Vaccination in Bombay 1913-1923 - 1913-1923
Year: 1913
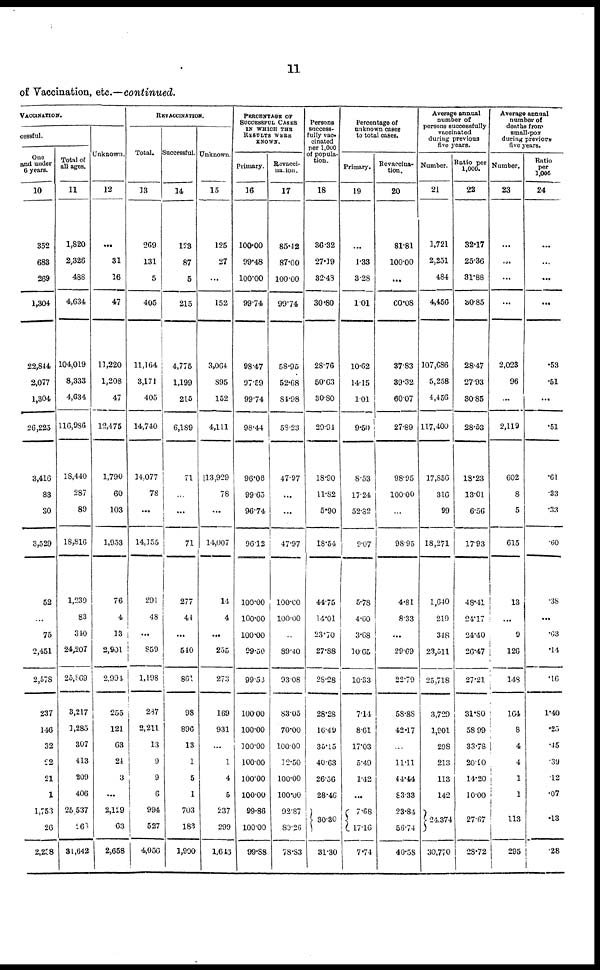
11
of Vaccination, etc.—continued.
VACCINATION.
cessful.
One
and under
6 years.
10
352
683
269
1,304
22,844
2,077
1,304
26,225
3,416
83
30
3,529
52
...
75
2,451
2,578
237
146
32
22
21
1
1,753
26
2,238
Total of
all ages.
11
1,820
2,326
488
4,634
104,019
8,333
4,634
116,986
18,440
287
89
18,816
1,239
83
340
24,207
25,869
3,217
1,285
307
413
209
406
25,537
268
34,642
Unknown.
12
...
31
16
47
11,220
1,208
47
12,475
1,790
60
103
1,953
76
4
13
2,901
2,994
255
121
63
24
3
...
2,129
63
2,658
REVACCINATION.
Total.
13
269
131
5
405
11,164
3,171
405
14,740
14,077
78
...
14,155
291
48
...
859
1,198
237
2,211
13
9
9
6
994
527
4,056
Successful.
14
123
87
5
215
4,775
1,199
215
6,189
71
...
...
71
277
44
...
540
861
98
896
13
1
5
1
703
183
1,990
Unknown.
15
125
27
...
152
3,064
895
152
4,111
13,929
78
...
14,007
14
4
...
255
273
169
931
...
1
4
5
237
299
1,646
PERCENTAGE OF
SUCCESSFUL CASES
IN WHICH THE
RESULTS WERE
KNOWN.
Primary.
16
100.00
99.48
100.00
99.74
98.47
97.59
99.74
98.44
96.06
99.65
96.74
96.12
100.00
100.00
100.00
99.50
99.53
100.00
100.00
100.00
100.00
100.00
100.00
99.86
100.00
99.88
Revacci¬
nation.
17
85.42
87.00
100.00
99.74
58.95
52.68
84.98
58.23
47.97
...
...
47.97
100.00
100.00
...
89.40
93.08
83.05
70.00
100.00
12.50
100.00
100.00
92.87
80.26
78.83
Persons
success-
fully vac-
cinated
per 1,000
of popula-
tion.
18
36.32
27.19
32.43
30.80
28.76
50.63
30.80
29.94
18.90
11.82
5.90
18.54
44.75
14.01
23.70
27.88
28.28
28.28
16.49
35.15
40.63
26.56
28.46
30.30
31.30
Percentage of
unknown cases
to total cases.
Primary.
19
...
1.33
3.28
1.01
10.62
14.15
1.01
9.50
8.53
17.24
52.82
9.07
5.78
4.60
3.68
10.65
10.33
7.14
8.61
17.03
5.49
1.42
...
7.68
17.16
7.74
Revaccina-
tion.
20
81.81
100.00
...
60.08
37.83
39.32
60.07
27.89
98.95
100.00
...
98.95
4·81
8.33
...
29.69
22.79
58.88
42.17
...
11.11
44.44
83.33
23.84
56.74
40.58
Average annual
number of
persons successfully
vaccinated
during previous
five years.
Number.
21
1,721
2,251
484
4,456
107,686
5,258
4,456
117,400
17,856
316
99
18,271
1,640
219
348
23,511
25,718
3,729
1,901
298
213
113
142
24,374
30,770
Ratio per
1,000.
22
32.17
25.36
31.88
30.85
28.47
27.93
30.85
28.53
18.23
13.01
6.56
17.93
48.41
24.17
24.40
26.47
27.21
31.80
58.99
33.78
20.90
14.20
10.00
27.67
28.72
Average annual
number of
deaths from
small-pox
during previous
five years.
Number.
23
...
...
...
...
2,023
96
...
2,119
602
8
5
615
13
...
9
126
148
164
8
4
4
1
1
113
295
Ratio
per
1,000
24
...
...
...
...
.53
.51
...
.51
.61
.33
.33
.60
.38
...
.63
.14
.16
1.40
.25
.45
.39
.12
.07
.13
.28